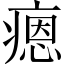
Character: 𤹕